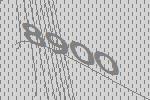
8900